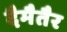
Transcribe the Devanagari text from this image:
दैमैतैर